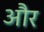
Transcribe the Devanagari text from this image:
और